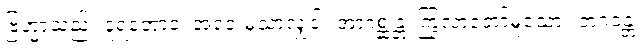
ဗြဟ္မာသည်။ ဒူရတောဝ၊ အဝေးမှသာလျှင်။ အာဂစ္ဆန္တံ၊ ကြွလာတော်မူသော။ ဘဂဝန္တံ၊